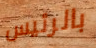
بالرئيس